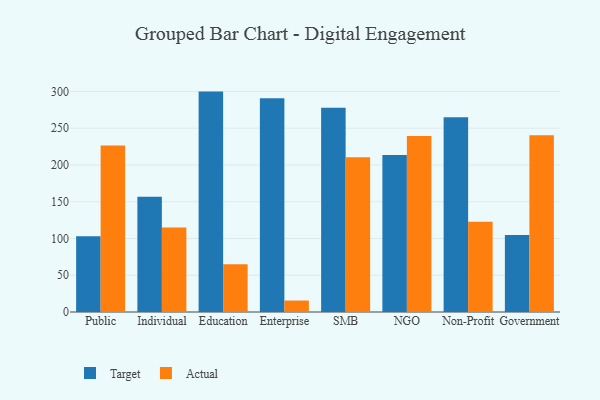
{"axis": {"x": "Segment", "y": "Budget (USD K)"}, "legend": ["Actual", "Target"], "data": [{"x": "Public", "y": 103.0, "type": "Target"}, {"x": "Public", "y": 226.5, "type": "Actual"}, {"x": "Individual", "y": 156.9, "type": "Target"}, {"x": "Individual", "y": 114.8, "type": "Actual"}, {"x": "Education", "y": 299.8, "type": "Target"}, {"x": "Education", "y": 65.0, "type": "Actual"}, {"x": "Enterprise", "y": 290.6, "type": "Target"}, {"x": "Enterprise", "y": 15.6, "type": "Actual"}, {"x": "SMB", "y": 278.0, "type": "Target"}, {"x": "SMB", "y": 210.6, "type": "Actual"}, {"x": "NGO", "y": 213.4, "type": "Target"}, {"x": "NGO", "y": 239.4, "type": "Actual"}, {"x": "Non-Profit", "y": 264.9, "type": "Target"}, {"x": "Non-Profit", "y": 122.7, "type": "Actual"}, {"x": "Government", "y": 104.8, "type": "Target"}, {"x": "Government", "y": 240.3, "type": "Actual"}]}